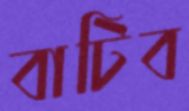
বাটিব